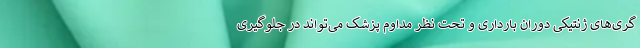
‌گری‌های ژنتیکی دوران بارداری و تحت نظر مداوم پزشک می‌تواند در جلوگیری